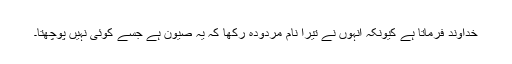
خداوند فرماتا ہے کیونکہ اُنہوں نے تیرا نام مُردودہ رکھا کہ یہ صیون ہے جسے کوئی نہیں پوچھتا۔